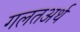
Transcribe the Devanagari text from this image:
गलतअर्थ